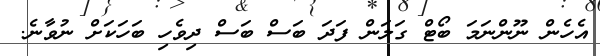
އެހެން ނޫންނަމަ ބޯޓް ގަލަން ފަދަ ބަސް ބަސް ދިވެހި ބަހަކަށް ނުވާނެ.